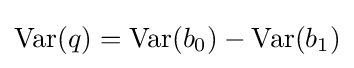
\operatorname {Var} (q)=\operatorname {Var} (b_{0})-\operatorname {Var} (b_{1})